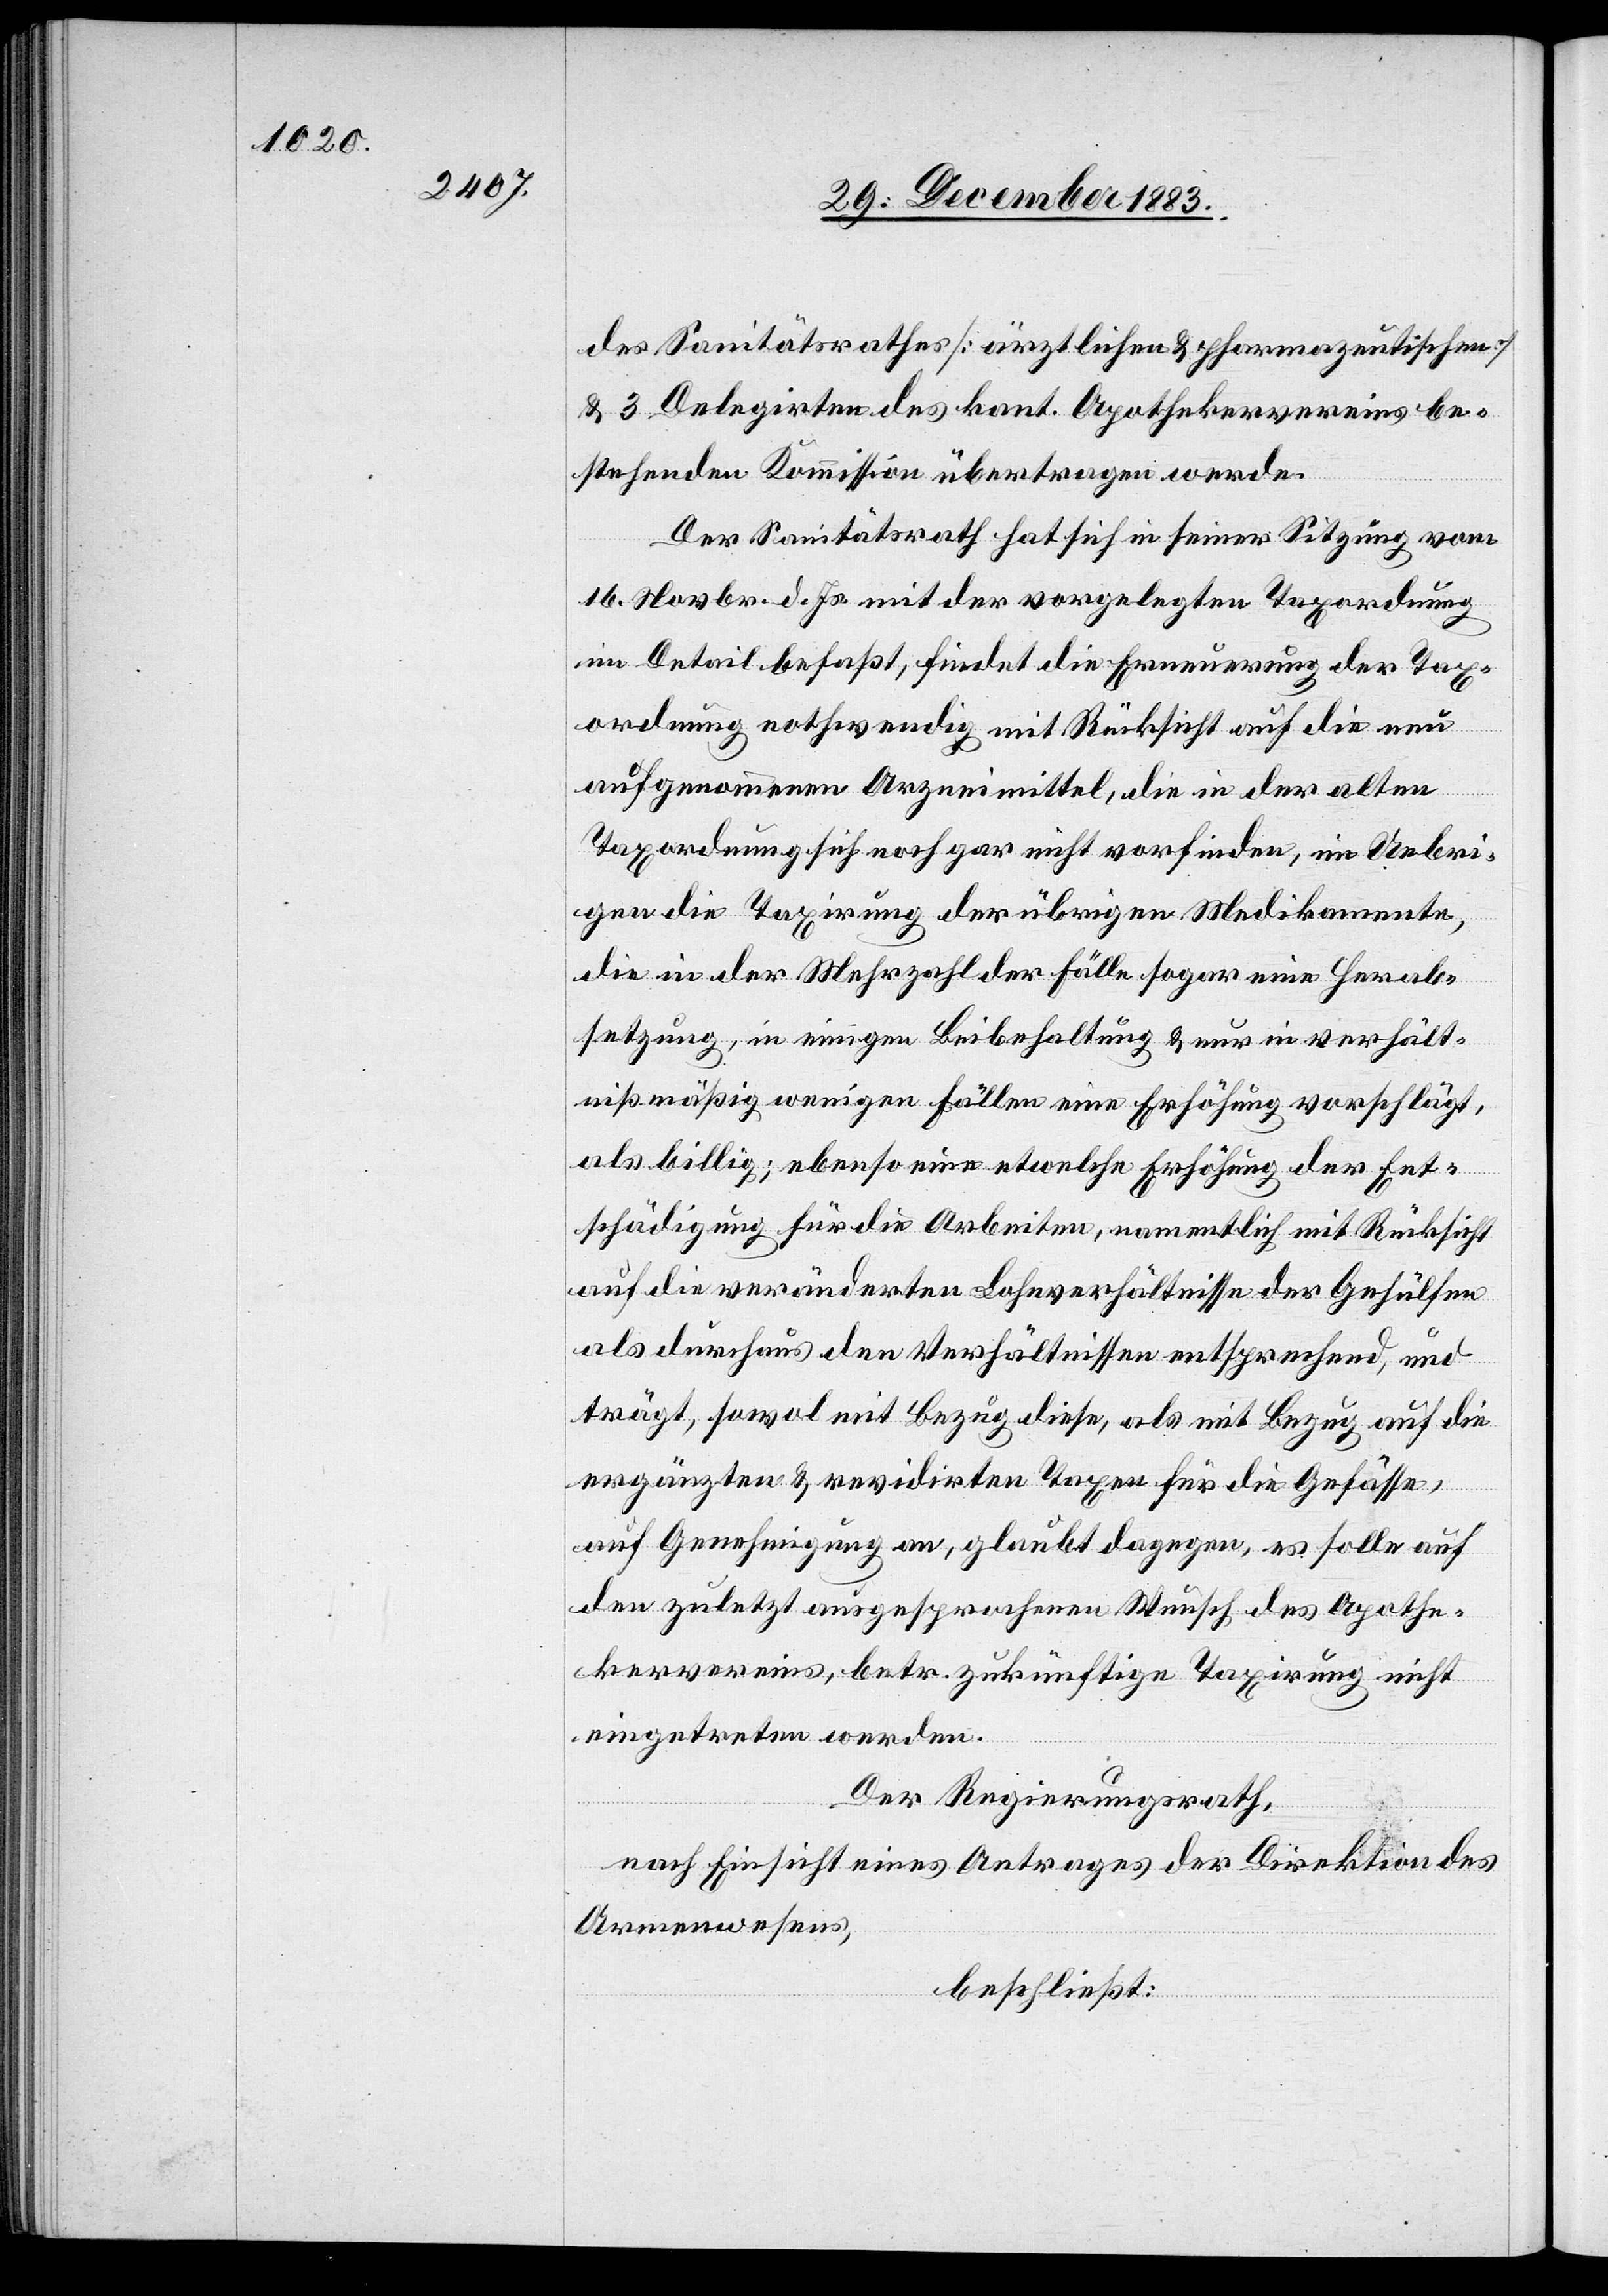
des Sanitätsrathes [ärztlichen & pharmazeutischen]
& 3 Delegirten des kant. Apothekervereins be¬
stehenden Kommission übertragen werde.
Der Sanitätsrath hat sich in seiner Sitzung vom
16. Novbr. d. Js. mit der vorgelegten Taxordnung
im Detail befaßt, findet die Erneuerung der Tax¬
ordnung nothwendig mit Rücksicht auf die neu
aufgenommenen Arzneimittel, die in der alten
Taxordnung sich noch gar nicht vorfinden, im Uebri¬
gen die Taxirung der übrigen Medikamente,
die in der Mehrzahl der Fälle sogar eine Herab¬
setzung, in einigen Beibehaltung & nur in verhält¬
nißmäßig wenigen Fällen eine Erhöhung vorschlägt,
als billig, ebenso eine etwelche Erhöhung der Ent¬
schädigung für die Arbeiten, namentlich mit Rücksicht
auf die veränderten Lohnverhältnisse der Gehülfen
als durchaus den Verhältnissen entsprechend, und
trägt, sowol mit Bezug diese, als mit Bezug auf die
ergänzten & revidirten Taxen für die Gefässe,
auf Genehmigung an, glaubt dagegen, es solle auf
den zuletzt ausgesprochenen Wunsch des Apothe¬
kervereins, betr. zukünftige Taxirung nicht
eingetreten werden.
Der Regierungsrath,
nach Einsicht eines Antrages der Direktion des
Armenwesens,
beschließt: